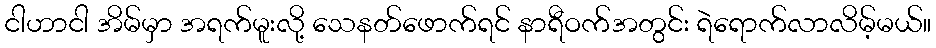
ငါဟာငါ အိမ်မှာ အရက်မူးလို့ သေနတ်ဖောက်ရင် နာရီဝက်အတွင်း ရဲရောက်လာလိမ့်မယ်။